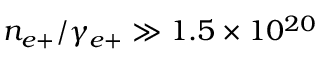
n _ { e + } / \gamma _ { e + } \gg 1 . 5 \times 1 0 ^ { 2 0 }